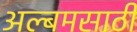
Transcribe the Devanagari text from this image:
अल्बमसाठी